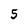
Character: 5